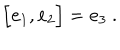
\Bigl [ { \bf e } _ { 1 } , { \bf e } _ { 2 } \Bigr ] = { \bf e } _ { 3 } \ .